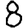
Digit: 8